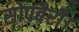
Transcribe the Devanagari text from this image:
सोपबैरी।